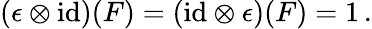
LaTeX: (\epsilon\otimes\mathrm{id})(F)=(\mathrm{id}\otimes\epsilon)(F)=1\, .